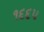
૧૬૬૫